Vital statistics of India. Vol. IV, Annual returns from 1871 to 1876. British Army of India, Native Army and jails of Bengal
Year: 1871
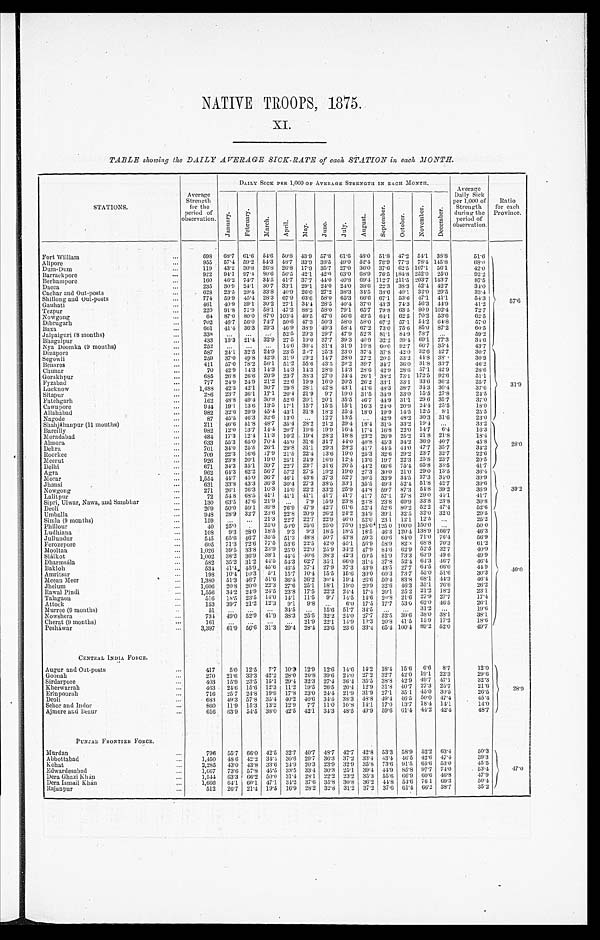
NATIVE TROOPS, 1875.
XI.
TABLE showing the DAILY AVERAGE SICK-RATE of each STATION in each MONTH.
STATIONS.
Average
Strength
for the
period o f o b s e r v a t i o n .
DAILY SICK PER 1,000 OF AVERAGE STRENGTH IN EACH MONTH.
A v e r a g e D a i l y S i c k p e r 1 , 0 0 0 o f S t r e n g t h d u r i n g t h e p e r i o d o f o b s e r v a t i o n .
observation.
Ratio
for each
Province.
J a n u a r y .
F e b r u a r y .
M a r c h .
A p r i l .
M a y .
J u n e .
J u l y .
A u g u s t .
S e p t e m b e r .
O c t o b e r .
N o v e m b e r .
D e c e m b e r .
F o r t W i l l i a m
. . .
698 68.7 61.6 54.6 50.8 43.9 57.8 61.6 48.0 51.8
4 7 . 2
54.1 38.8
51.6
57.6
Alipore
. . .
955 57.4 59.2 54.3 48.7 33.9 38.5
4 9 . 0
52.4 78.9 77.3 78.4 145.8
68.0
D u m - D u m
. . .
119 43.2 30.8 26.8 26.8 17.9 35.7 27.0 36.0 37.0 62.5 107.1 56.1
42.0
B a r r a c k p o r e
. . .
922 94.1 97.4
8 0 . 6
56.5 42.1
4 2 . 0
63.0 68.9 76.5 184.8 252.0 25.0
92.2
B e r h a m p o r e
. . .
160 46.2 74.7 34.5 41.7 37.7 44.0 40.8 69.4 112.7 211.5 203.7 143.7
87.5
D a c c a
. . .
235 30.9 24.1 30.7 33.1 29.1 24.0 24.0 38.6 22.3 38.3 52.4 42.7
34.0
C a c h a r a n d Ou t - p o s t s
. . .
628 23.5 29.4 33.8 40.9 26.0 27.2 38.3 34.5 38.6 40.1 32.0 29.5
33.4
Shi l l ong a nd Out - pos t s
. . .
771 59.9
4 5 . 4
28.3
6 7 . 9
6 3 . 6
58.0 65.3 66.6
6 7 . 1
53.6 47.1 41.1
54.3
G a u h a t i
. . . .
461 40.9 39.1 30.2 27.1 34. 4
2 8 . 5
40.4 37.0 43.3 74.3 56.3 44.9
41.2
T a z p u r
. . .
220 91.8 71.9 58.1 47.2 88.2 58.0 79.1 65.7 79.8 63.5 80.9 102.4
72.7
N o w g o n g
. . .
64 87.0 80.0 87.0 103.4 49.5 47.6 56.6 49.5 64.1 62.5 70.2 53.6
62.5
D i b r u g a r h
. . .
702 461 56.0 74.7 50.6 47.3 50.3 58.0 58.0 67.2 57.1 54.2 64.8
57.0
B a x a
. . .
661 41.4 36.3 29.3 46.9 38.9 49.3 58.4 67.2 73.0 75.6 85.0 87.2
60.5
J a l p a i g u r i ( 8 mo n t h s )
. . .
338 ... ...
. . .
52.5 29.3 29.7 47.9 52.3 81.1 84.9 78.7
. . .
59.2
Bhagalpur
. . . .
433 13.3 21.4 32.9 27.5 19.0 37.7 39.3 40.9 32.2 39.4 69.1 77.3
34.6
N y a D o o m k a ( 9 m o n t h s )
. . .
252 ...
... ... 14.6 36.4 31.4 31.9 19.8 60.0 92.7 66.7 35.4
4 3 . 7
D i n a p o r e
. . .
587 24.1 32.5 24.9 23.5 27.7 25.3 23.0 37.4 37.8 42.0 32.6 42.7
30.7
31.9
S e g o w l i
. . .
259 37.0 49.8 42.9 31.9 29.2
1 4 . 7
28.0 27.2
2 0 . 5
33.2
4 4 . 8
38.
30.9
Benares
. . .
411 57.0 78.2 56.1 51.2 55.6 43.5 29.2 39.7 34.74 36.0 31.8 337
46.2
C h u n a r
. . .
70 42.9 14.3 14.3 14.3 14.3 28.6 14.3 28.6 42.9 28.6 57.1 42.9
28.6
Gorakhpur
. . .
685 20.8 26.6 20.9 23.7 38.3 27.0 24.4 26.1 38.2 73.1 172.5 92.6
51.1
F y z a b a d
. . .
777 24.0 24.9 21.2 22.6 19.9 16.0 20.5 26.2 33.1 33.1 33.6 36.2
257
L u c k n o w
. . .
1,488 42.5 42.1 30.7
2 9 . 8
28.1 42.8 43.1
4 1 . 6
48.3 38.7 34.3 30.4
37.6
S i t a p u r
. . .
286 23.7 36.1 17.1 20.4 21.9 9.7 19.0 31.5 34.9 33.0 15.5 27.8
24.5
F a t e h g a r h
. . .
162 48.8 49.4 30.8 52.6 20.1 20.1 35.5 46.7
4 4 . 9
3 1 . 1
2 9 . 6
35.7
37.0
C a w n p o r e
. . .
944 19.1 13.6 13.5 17.1 15.7 15.5 15.1 16.3 24.0 20.9 24.4 25.5
18.0
A l l a b a b a d
. . .
982 32.6 29.9 45.4 43.1 31.8 18.2 25.4 18.0 19.9 14.5 12.5 8.1
25.5
N a g o d e
. . .
87 45.5 46.3 32.6 13.0
. . .
12.7 13.5
. . .
42.9 48.2 30.3 31.6
23.0
S h a h j á h a n p u r ( 1 1 m o n t h s )
. . .
211 46.6 51.8 48.7 35.4 28.2 21.2 29.4 18.4 31.5 33.2 19.4
. . .
33.2
28.0
B a r e i l l y
. . .
982 12.0 13.7 14.4 20.7 19.6 19.9 16.4 17.4 16.8 22.0 14.7 6.4
16.3
M o r a d a b a d
. . .
484 17.3 12.4 11.3 10.2 . 19.4 28.2 18.8 23.2 26.9 25.2 21.8 21.8
18.4
A l m o r a
. . .
633 55.3 65.0 70.4 45.0 31.6 31.7 44.0 40.8 45.3 34.2 36.9 40.7
45.8
D e h r a
. . .
701 34.0 25.5 20.1 29.8 31.1 29.3 28.2 4.1.7 44.5 44.0 47.7 35.7
34.2
R o o r k e e
. . .
709 22.3 16.6 17.9 21.5 22.4 13.6 19.0 25.3 32.6 29.2 23.7 32.7
22.6
M e e r u t
. . .
926 23.8 20.1 19.0 25.1 24.9 16.9 12.4 13.6 19.7 22.3 25.8 23.7
20.5
D e l h i
. . .
671 34.3 35.1 39.7 22.7 23.7 31.6 26.5
4 4 . 2
66.6 75.4 65.8 33.5
4 1 . 7
A g r a
. . .
962 64.3 62.2 56.7 57.2 27.5 19.2 19.0 27.3 30.0 21.0 29.0 13.5
36.4
39.2
M o r a r
. . .
1,554 44.7 45.0 36.7 46.1 43.6 37.3 52.7 30.5 33.9 34.5 37.3 34.0
39.9
J h a n s i
. . .
631 33.8 43.3 36.3 30.4 27.3 38.5 33.1 35.5 49.3 52.4 51.8 42.7
39.6
N o w g o n g
. . .
271 26.1 26.3 10.3 15.0 22.2 33.2 25.9 44.8 59.7 87.3 54.8 39.2
36.9
L a l i t p u r
. . .
72 548 68.5 41.1 41.1 41.1 41.7 41.7 41.7 57.1 27.8 29.0 44.1
41.7
Si pri , Ul war, Nawa, and Sambhar
. . .
130 63.5
4 7 . 6
21.9
. . .
7.9 15.0 23.8 23.8 23.8 69.0 33.8 23.5
30.8
D e o l i
. . .
909 50.0 59.1
3 9 . 8
76.9 47.9 42.7 61.6 52.4 52.6 80.2 52.2
4 7 . 4
52.6
U m b a l l a
. . .
948 28.9 32.7
2 3 . 6
22.8 20.9 26.2 24.2 34.9 39.1 32.5 32.0 32.0
29.5
40.0
S i m l a ( 9 m o n t h s )
. . .
159
. . .
. . .
21.3 22.7 22.7 22.9 46.0 52.0 23 1 12.1 12.5
. . .
25.2
P h i l l o u r
. . .
40
2 5 . 0
. . .
25.0 50.0 25.6 25.0 75.0 125.0 1250 100.0 150.0
. . .
50 0
L u d h i a n a
. . .
108
9.3 28.0 18.5 9.3 9.3 18.5 18.5 18.5 46.3 120.4 138.9 166.7
46.3
J u l l l u n d u r
. . .
545 65.6 46.7
3 5 . 5
51.3 48.8 50.7 43.8 50.3 60.6 84.0 71.0 76.4
56.9
F e r o z e p o r e
. . .
605 71.3 72.6 77.5 53.0 22.5 42.0 45.1 56.9 58.9 82.3 68.8 70.3
61.2
M o o l t a n
. . .
1,026 39.5 33.8 23.9 25.0 22.0 25.9 34.2 47.9 84.6 62.9 52.5 32.7
40.9
S i á l k o t
. . .
1,002 38.2 36.9 38.1
4 4 . 4
40.6 38.3 42.3 60.5 81.9 73.3 63.9 49 6
49.9
D h a r m s á l a
. . .
582 35.2 31.2 44.5 54.3 62.7 35.1 66.0 31.4 37.8 52.4 64.3 46.7
46.4
B a k l o h
. . .
534 41.4 45.9 45.6 46.5 37.4 27.9 37.3
4 3 . 9
43.5 27.7 64.5 66.0
449
A m r i s t s a r
. . .
198 10.4 10.3 5.1 15.7 10.4 15.5 15.6 30.0 60.3 73.7 55.0 51.6
30.3
M e e a n M e e r
. . .
1,380 51.3 46.7 51.6 36.4 36.2 30.4 19.4 26.6 50.4 83.8 68.1 44.3
46.4
J h e l u m
. . .
1,006 20.8 20.0 22.3 27.6 25.1 18.1 19.0 20.9 32.6 46.3 35.1 26.6
26.2
R a w a l P i n d i
. . .
1,556 34.2 24.9 24.5 23.8 17.5 22.2 24.4 17.4 20.1 25.2 21.2 18.2
23.1
T a l a g a o n
. . .
116 18.5 23.5 14.0 14.1 11.5
9 . 7
14.5 14.6 20.8 21.6 27.9 27.7
17.4
A t t o c k
. . .
153 39.7 21.2 12.3 9.1 9.8
. . .
6 . 0
17.5 17.7 53.0 62.0 46.5
26.1
M u r r e e ( 9 m o n t h s )
. . . 51
. . .
. . .
. . .
34.5
. . .
15.6 51.7 34.5
. . .
. . .
3 1 . 2
. . .
19.6
N o w s h e r a
. . .
734 49.0 52.9 41.9 38.3 25.5 32.2 24.0 27.7 52.5 39.6 33.0 38.1
35.1
C h e r a t ( 9 m o n t h s )
. . .
161 ...
. . .
. . .
. . .
21.9 22.1 14.9 13.3 20.8 41.5
1 5 . 9
17.2
18.6
P e s h á w a r
. . .
3,397 61.9 56.6 31.3 29.4 28.4 23.6 23.6 33.4 65.4 100.4 89.2 52.0
49.7
CENTRAL INDIA FORCE.
Augur and Out-posts
. . .
417
5. 12.5 7.7 10.3 12.9 12.6 14.6 14.2 18.4 15.6 6.6 8.7
12.0
28.9
Goouah
. . .
270 21.6 33.3 42.2 28.0 20.8 39.6 24.0 27.2 32.7 42.0 19.1 22.3
29.6
Sirdarpor
. . .
403 15.9 23.5 15.1 29.4 32.3 27.4 36.4 35.5 38.8 42.9 49.7 47.1
32.3
Kherwarrah
. . .
4 6 3
24.6 15.6 12.3 11.2 19.5 26.5 20.4 12.9 31.8 40.7 27.3 25.7
21.6
Erinpoorah
. . .
716
2 5 . 7
24.8 19.9 17.8 23.0 24.4 21.9 31.9 27.1 35.1 45.0 30.5
26.5
Deoli
. . .
683 49.3 57.8 35.4 40.2 40.6 34.5 38.3 48.8 49.4 46.5 50.0 17.4
45.4
Sehor and Indor
. . .
860 11.9 15.3 13.2 12.9 7.7 11.0 10.8 14.1 17.0 1.3.7
1 8 . 4
14.1
14.0
Ajmere and Beaur
. . .
616 63.9 54.5 38.0 42.5 42.1 34.3 48.5 19.9 59.6 61.4
4 4 . 2
42.4
48.7
PUNJAB FRONTIER FORCE.
Murdan
. . .
7 9 6
55.7 660 42.5 32.7
4 0 . 7
48.7 42.7 42.8 53.3 58.9 52.2 63.4
50.3
4 7 . 0
Abbottabad
. . .
1 , 4 5 0
48 6 42.2 34.4 30.6 29.7 36.3 37.2 33.4 43.4 4-6.5 42.6 47.1
39.3
Kohat
. . .
3 , 2 8 5
43.0 43.8 33.6 24.9 20.3 23.9 32.9 35.8 73.6 91.5 65.6 53.0
45.5
Edwardesabad
. . .
1 , 6 6 7
73.6 57.8 45.5 33.5 33.4 30.3 25.1 :39.4 44.9 85.8 97.7 74.0
. 53.4
Dora Ghazi K h án
. . .
1 , 5 4 4
63.3 66.2 50.0 31.4
2 8 . 1
22.9 23.2 35.3 55.6 66.9 60.6 46.8
47.9
Dora Ismail Khán
. . .
1 , 6 6 6
64.1 60.1 47.1 34.2 37.6 35.8 30.8 36.2 44.8 54.6 761 69.3
50.4
Rajanpur
. . .
5 1 2
26.7 21.4 19.5 16.9 28.2 32.8 31.2 37.2 37.6 61.1 66.2 38.7
35.2